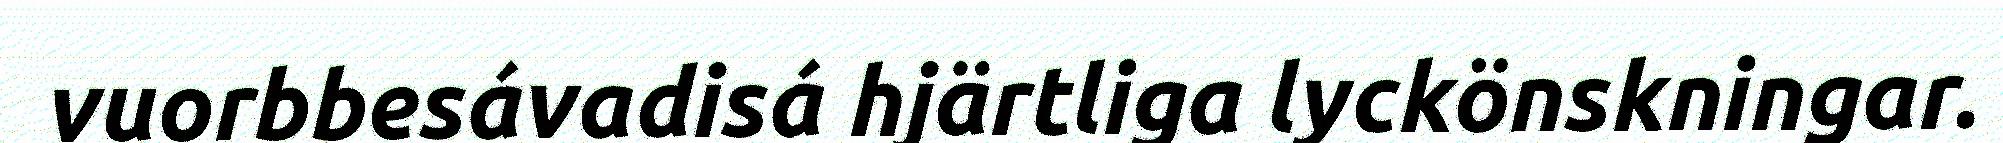
vuorbbesávadisá hjärtliga lyckönskningar.